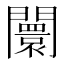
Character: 闤